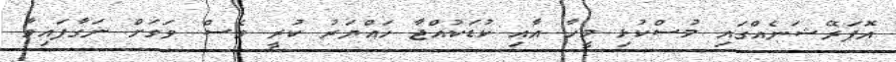
އޮޕަރޭޝަނެއްގައި މުސްކުޅި މީހާ އާއި ކުޑަކުއްޖާ ހައްޔަރު ކުރީ ވެސް ވަގަށް ނަގާފައިވާ